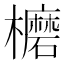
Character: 𣟖